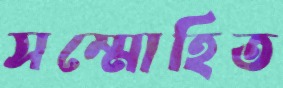
সম্মোহিত